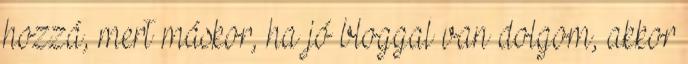
hozzá, mert máskor, ha jó bloggal van dolgom, akkor